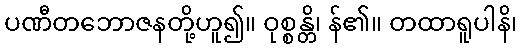
ပဏီတဘောဇနတို့ဟူ၍။ ဝုစ္စန္တိ၊ န်၏။ တထာရူပါနိ၊